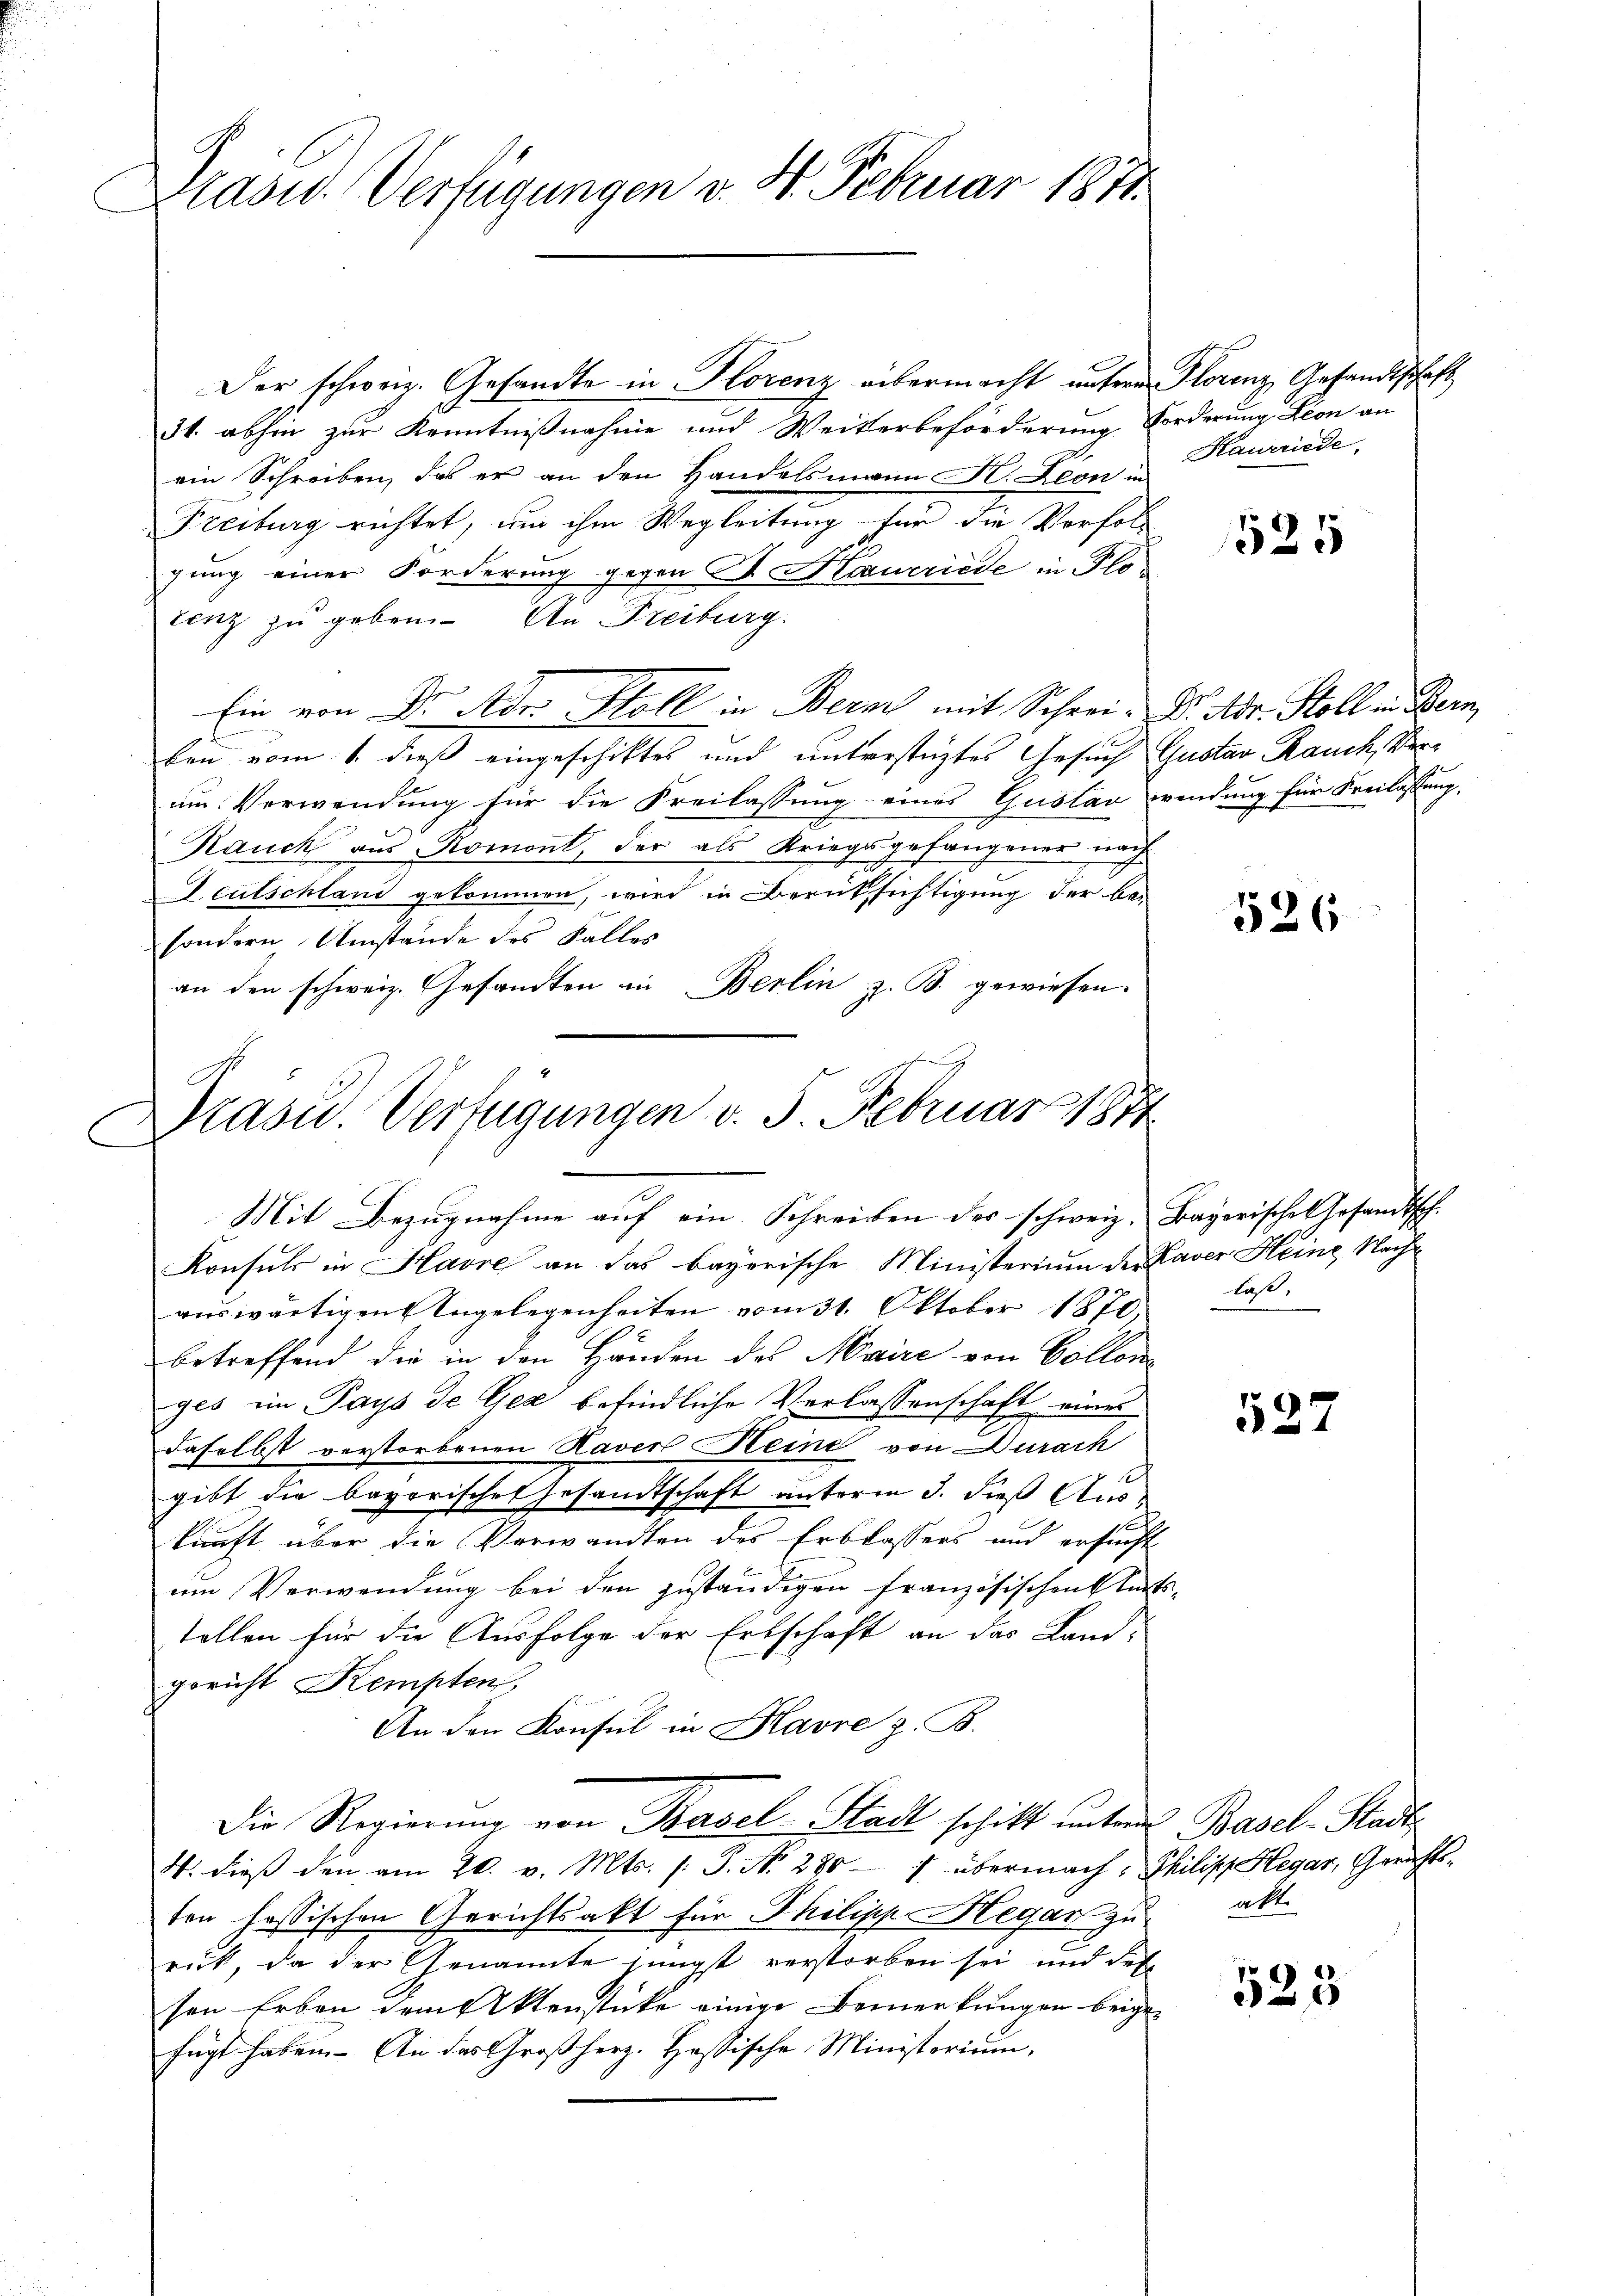
Präses Verfügungen v. 4. Februar 1811.

Der schweiz. Gesandte in Florenz übermacht untere Florenz Gesandtschaft
34. abhin zur Kenntnißnahme und Weiterbeförderung Forderung Lion an
ein Schreiben, das er an den Handelsmann K. Leon in
Freiburg richtet, um ihm Wegleitung für die Verfolg
gung einer Forderung gegen V Kaaurriede in Flo
tenz zu geben. An Freiburg.
Ein von Dr. Adr. Stoll in Berat mit Schrei- Dr. Mr. Stoll in Bern,
ken vom 1. dieß eingeschiktes und unterstüztes Gesuch Gustav Rauch, Verum Verwendung für die Freilassung eines Gustav wendung für Freilassung,
Rauch aus Romont, der als Kriegsgefangener nach
Deutschland gekommen, wird in Berüksichtigung der be-
sondern Umstände des Falles
an den schweiz. Gesandten in Berlin z. B. gewiesen.
Drasu. Verfügungen v. 5. Februar 1871

C
Mit Bezugnahme auf ein Schreiben des schweiz. Bayerisches Gesandtsch.

Konsuls in Havre an das bayerische Ministerium der Laver Heine Nachaŭswärtigen Angelegenheiten vom 31. Oktober 1870,
betreffend die in den Händen des Maire von Collon
ges im Pays de Gez befindliche Verlassenschaft eines
daselbst verstorbenen Raver Keine von Durach
gibt die bayerischen Gesandtschaft unterm 3. dieß Auskunft über die Verwandten des Erblassers und ersucht
um Verwendung bei den zuständigen Französischenstants-
tellen für die Ausfolge der Ertschaft an das Land-
gericht Kempten,
An den Konsul in Havre z. B.
Die Regierŭng von Basel-Stadt schikt unter Basel-Stadt
4. dieß den am 20. v. Mts. s. S. No. 280 - 7 übermach, Philipp Hegar, Gerichtsten hassischen Gerichtsakt für Philipp Hegar zu alt
ruk, da der Genannte jüngst verstorben sei und des
sen Erben dem Aktenstücke einige Bemerkungen beigefügt haben. An das Großherz. Hassische Ministorium,

Haurriede,

1525

526

laßt,

527

523